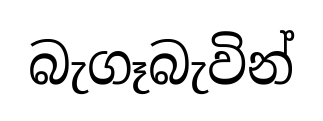
බැගෑබැවින්